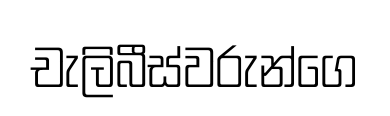
චැලිබීස්වරුන්ගෙ